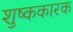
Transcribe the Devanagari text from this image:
शुष्ककारक